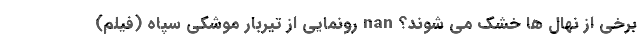
برخی از نهال ها خشک می شوند؟ nan رونمایی از تیربار موشکی سپاه (فیلم)